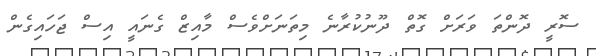
ސޮރީ ދޮންތަ ވަރަށް ގޮތް ދޫނުކުރާނެ މިތަނަށްވެސް މާއިޒް ގެނައީ އިސް ޖަހައިގެން